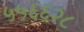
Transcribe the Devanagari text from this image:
५५६६२८